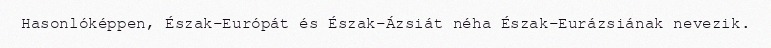
Hasonlóképpen, Észak-Európát és Észak-Ázsiát néha Észak-Eurázsiának nevezik.